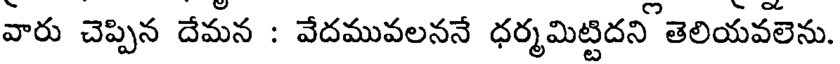
వారు చెప్పిన దేమన : వేదమువలననే ధర్మమిట్టిదని తెలియవలెను.